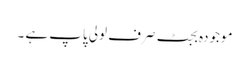
موجودہ بجٹ صرف لولی پاپ ہے ۔